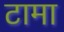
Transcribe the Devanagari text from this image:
टामा